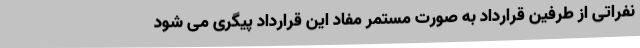
نفراتی از طرفین قرارداد به صورت مستمر مفاد این قرارداد پیگری می شود